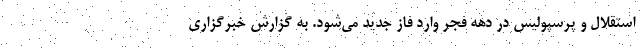
استقلال و پرسپولیس در دهه فجر وارد فاز جدید می‌شود. به گزارش خبرگزاری